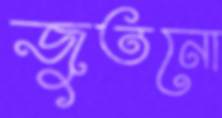
জুতনো